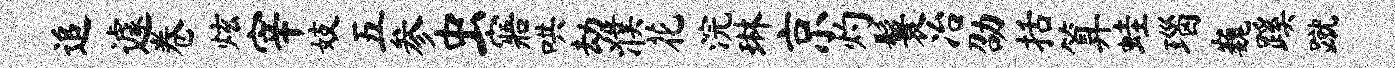
追遽卷炫宰妓五参虫寤哄劫濮花浣琳京灼鬟冶劭括算蛙瑙巍蹊蹴